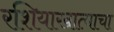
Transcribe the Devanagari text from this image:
रशियाखात्याचा